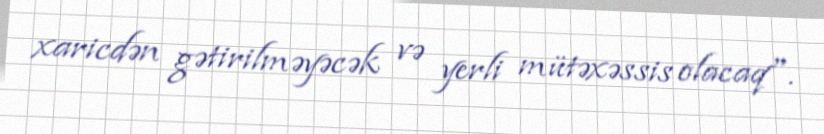
xaricdən gətirilməyəcək və yerli mütəxəssis olacaq".